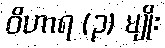
ဝိဟာရ (၃) မျိုး